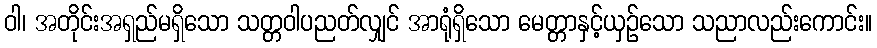
ဝါ၊ အတိုင်းအရှည်မရှိသော သတ္တဝါပညတ်လျှင် အာရုံရှိသော မေတ္တာနှင့်ယှဉ်သော သညာလည်းကောင်း။